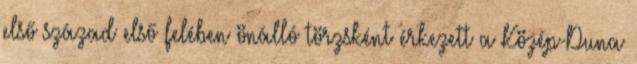
első század első felében önálló törzsként érkezett a Közép-Duna